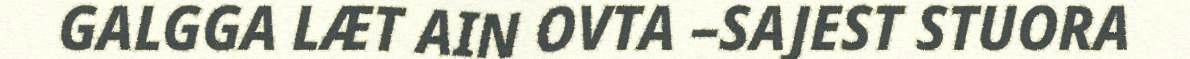
GALGGA LÆT AIN OVTA –SAJEST STUORA